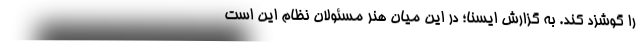
را گوشزد کند. به گزارش ایسنا؛ در این میان هنر مسئولان نظام این است